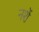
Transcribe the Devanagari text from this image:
नशें